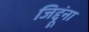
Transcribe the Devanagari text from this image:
जिद्दूंना